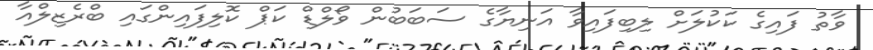
ވާތު ފައިގެ ކަކުލަށް ލިބިފައިވާ އަނިޔާގެ ސަބަބުން ވޯލްޑް ކަޕް ކޮލިފައިންގައި ބްރެޒިލްއާ